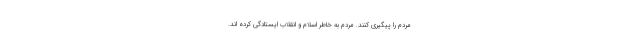
مردم را پیگیری کنند. مردم به خاطر اسلام و انقلاب ایستادگی کرده اند.